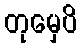
တုမှေပိ